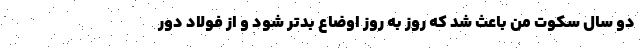
دو سال سکوت من باعث شد که روز به روز اوضاع بدتر شود و از فولاد دور